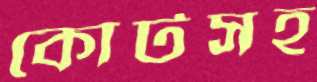
কোর্টসহ